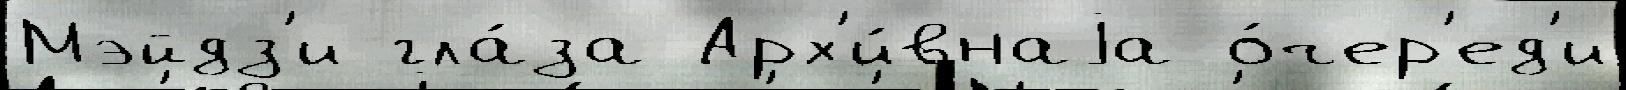
Мэйдз'и гла́за Арх'и́внаjа о́чер'ед'и